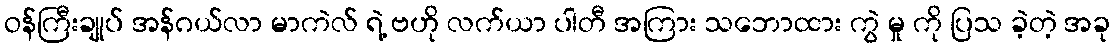
ဝန်ကြီးချုပ် အန်ဂယ်လာ မာကဲလ် ရဲ့ ဗဟို လက်ယာ ပါတီ အကြား သဘောထား ကွဲ မှု ကို ပြသ ခဲ့တဲ့ အခု